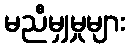
မညီမျှမှုများ